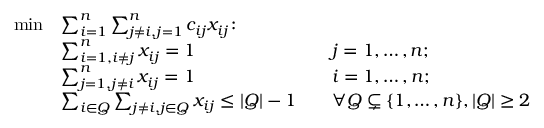
{ \begin{array} { r l r l } { \operatorname* { m i n } } & { \sum _ { i = 1 } ^ { n } \sum _ { j \neq i , j = 1 } ^ { n } c _ { i j } x _ { i j } \colon } & & { } \\ & { \sum _ { i = 1 , i \neq j } ^ { n } x _ { i j } = 1 } & & { j = 1 , \ldots , n ; } \\ & { \sum _ { j = 1 , j \neq i } ^ { n } x _ { i j } = 1 } & & { i = 1 , \ldots , n ; } \\ & { \sum _ { i \in Q } { \sum _ { j \neq i , j \in Q } { x _ { i j } } } \leq | Q | - 1 } & & { \forall Q \subsetneq \{ 1 , \ldots , n \} , | Q | \geq 2 } \end{array} }